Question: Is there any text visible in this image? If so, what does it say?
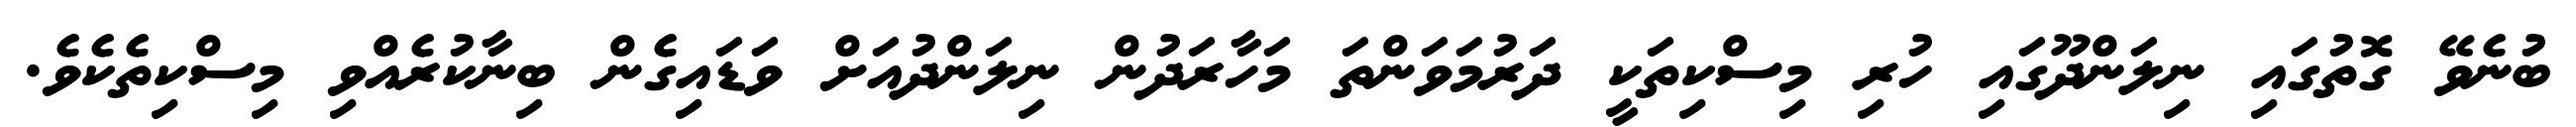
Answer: ބުނެވޭ ގޮތުގައި ނިލަންދޫގައި ހުރި މިސްކިތަކީ ދަރުމަވަންތަ މަހާރަދުން ނިލަންދުއަށް ވަޑައިގެން ބިނާކުރެއްވި މިސްކިތެކެވެ.